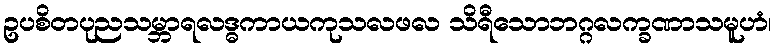
ဥပစိတပုညသမ္ဘာရလဒ္ဓကာယကုသလဖလ သိရီသောဘဂ္ဂလက္ခဏာသမူဟံ၊